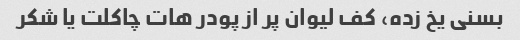
بسنی یخ زده، کف لیوان پر از پودر هات چاکلت یا شکر